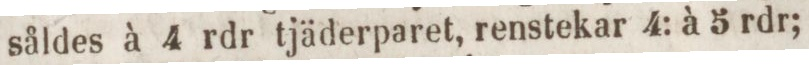
såldes à 4 rdr tjäderparet, renstekar 4: à 5 rdr;